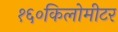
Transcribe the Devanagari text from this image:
१६०किलोमीटर